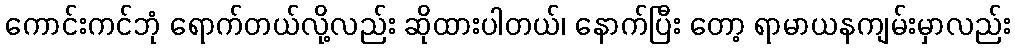
ကောင်းကင်ဘုံ ရောက်တယ်လို့လည်း ဆိုထားပါတယ်၊ နောက်ပြီး တော့ ရာမာယနကျမ်းမှာလည်း